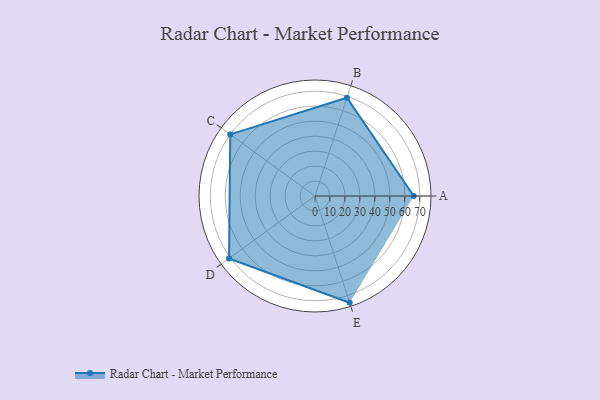
{"axis": {"x": "Skill", "y": "Score"}, "legend": ["Profile"], "data": [{"x": "A", "y": 66.0, "type": "Profile"}, {"x": "B", "y": 69.0, "type": "Profile"}, {"x": "C", "y": 70.0, "type": "Profile"}, {"x": "D", "y": 71.0, "type": "Profile"}, {"x": "E", "y": 75.0, "type": "Profile"}]}